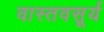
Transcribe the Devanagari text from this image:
वास्तवसूर्य